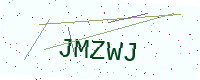
Text: JMZWJ